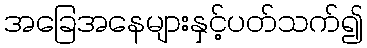
အခြေအနေများနှင့်ပတ်သက်၍